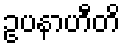
ဥပနာဟီတိ